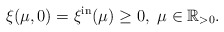
\begin{align*}\xi(\mu, 0) = \xi^{\mathrm{in}}(\mu)\ge 0,\ \mu\in \mathbb{R}_{>0}.\end{align*}